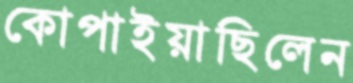
কোপাইয়াছিলেন